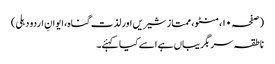
(صفحہ ۱۰، منٹو، ممتاز شیریں اور لذت گناہ، ایوانِ اردو دہلی)
ناطقہ سربگریباں ہے اسے کیا کہئے۔